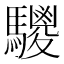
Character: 𩦲